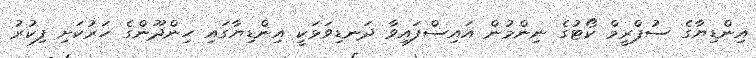
އިންޑިޔާގެ ސުޕްރީމް ކޯޓުގެ ނިންމުން އައިސްފައިވާ ދަނޑިވަޅަކީ އިންޑިޔާގައި ހިންދޫންގެ ހަރުކަށި ފިކުރު